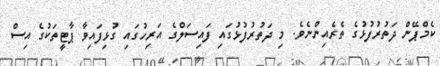
ކެމްޕޭން ދަތުރުފުޅުގެ ތެރެއިންނެވެ. މި ދަތުރުފުޅުގައި ފައިސަލްގެ އަރިހުގައި ގުޅިފައިވާ ޕާޓީތަކުގެ އިސް